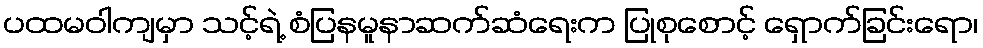
ပထမဝါကျမှာ သင့်ရဲ့ စံပြနမူနာဆက်ဆံရေးက ပြုစုစောင့် ရှောက်ခြင်းရော၊